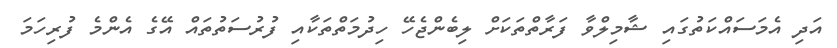
އަދި އެމަސައްކަތުގައި ޝާމިލްވާ ފަރާތްތަކަށް ލިބެންޖެހޭ ހިދުމަތްތަކާއި ފުރުސަތުތައް އޭގެ އެންމެ ފުރިހަމަ